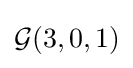
{\mathcal {G}}(3,0,1)